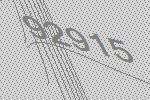
92915